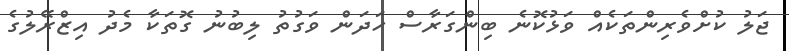
ޖަލު ކުށްވެރިންތަކެއް ވަޅުކޮނެ ބިންގަރާސް ހަދަން ވަގުތު ލިބުނު ގޮތަކާ މެދު އިޒްރޭލުގެ